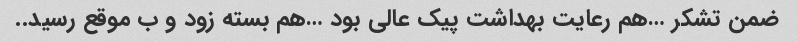
ضمن تشکر …هم رعایت بهداشت پیک عالی بود …هم بسته زود و ب موقع رسید..